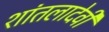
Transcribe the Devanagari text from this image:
शांतलादेवी